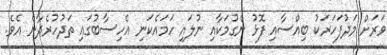
ވަރަށް މަދުފަހަރަކު ބިއްސާއި ފޮޅު ނެގުމަކާއި ނުލައި ހަމައެކަނި އެހިސާބުގައި ތަދުހުރެދާނެ އެވެ.